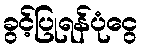
ခွင့်ပြုရန်ပုံငွေ